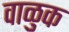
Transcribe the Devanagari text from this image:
वाळुक